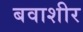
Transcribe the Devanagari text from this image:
बवाशीर